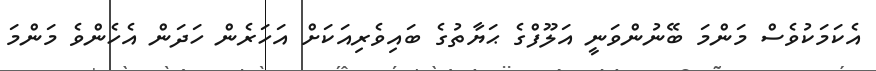
އެކަމަކުވެސް މަންމަ ބޭނުންވަނީ އަލޫފްގެ ޙަޔާތުގެ ބައިވެރިއަކަށް އަހަރެން ހަދަން އެހެންވެ މަންމަ